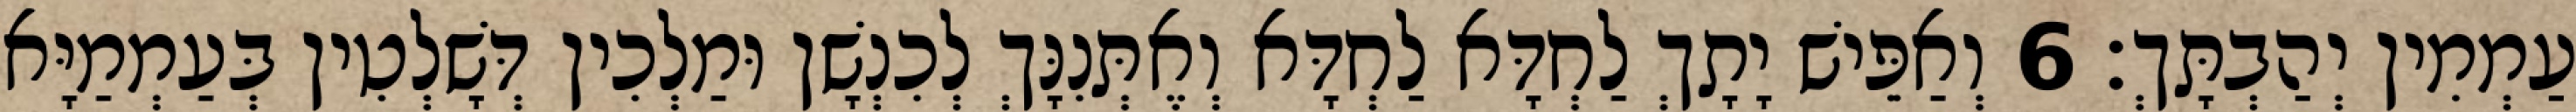
עַמְמִין יְהַבְתָּךְ׃ 6 וְאַפֵּישׁ יָתָךְ לַחְדָּא לַחְדָּא וְאֶתְּנִנָּךְ לְכִנְשָׁן וּמַלְכִין דְּשָׁלְטִין בְּעַמְמַיָּא